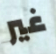
غير